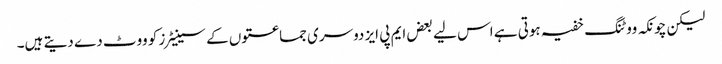
لیکن چونکہ ووٹنگ خفیہ ہوتی ہے اس لیے بعض ایم پی ایز دوسری جماعتوں کے سینیٹرز کو ووٹ دے دیتے ہیں۔